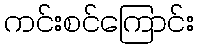
ကင်းစင်ကြောင်း